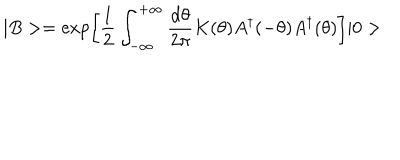
| B > = \exp \left[ \frac { 1 } { 2 } \int _ { - \infty } ^ { + \infty } \frac { \mathrm { d } \theta } { 2 \pi } K ( \theta ) A ^ { \dagger } ( - \theta ) A ^ { \dagger } ( \theta ) \right] | 0 >